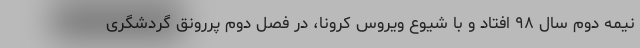
نیمه دوم سال ۹۸ افتاد و با شیوع ویروس کرونا، در فصل دوم پررونق گردشگری